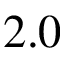
2 . 0